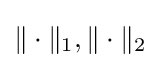
\|\cdot \|_{1},\|\cdot \|_{2}